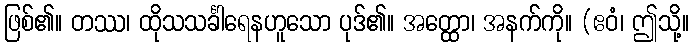
ဖြစ်၏။ တဿ၊ ထိုသသင်္ခါရေနဟူသော ပုဒ်၏။ အတ္ထော၊ အနက်ကို။ (ဧဝံ၊ ဤသို့။